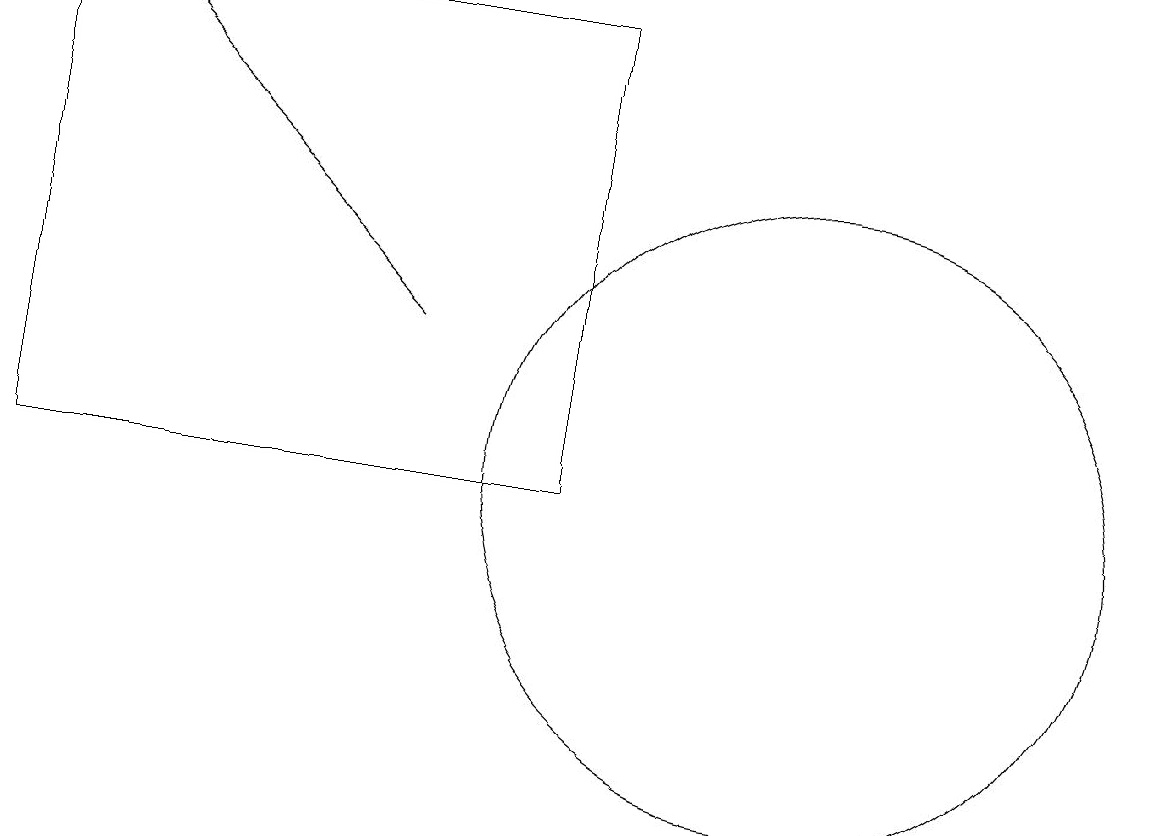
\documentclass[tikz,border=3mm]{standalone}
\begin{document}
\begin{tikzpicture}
\draw (11,12) circle (4);
\draw (8,18) rectangle (1,12);
\draw[->] (6,14) -- (2,18);
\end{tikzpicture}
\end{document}